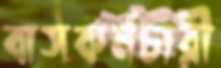
বাসকর্মচারী